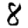
Digit: 8